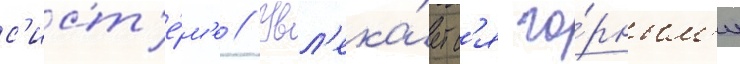
с'ист'е́м'е // Увл'ека́етс'я го́рным'и